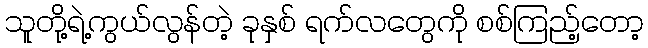
သူတို့ရဲ့ကွယ်လွန်တဲ့ ခုနှစ် ရက်လတွေကို စစ်ကြည့်တော့